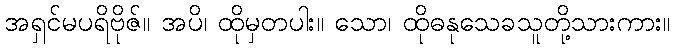
အရှင်မပရိဗိုဇ်။ အပိ၊ ထိုမှတပါး။ သော၊ ထိုဓနုသေခသူတို့သားကား။